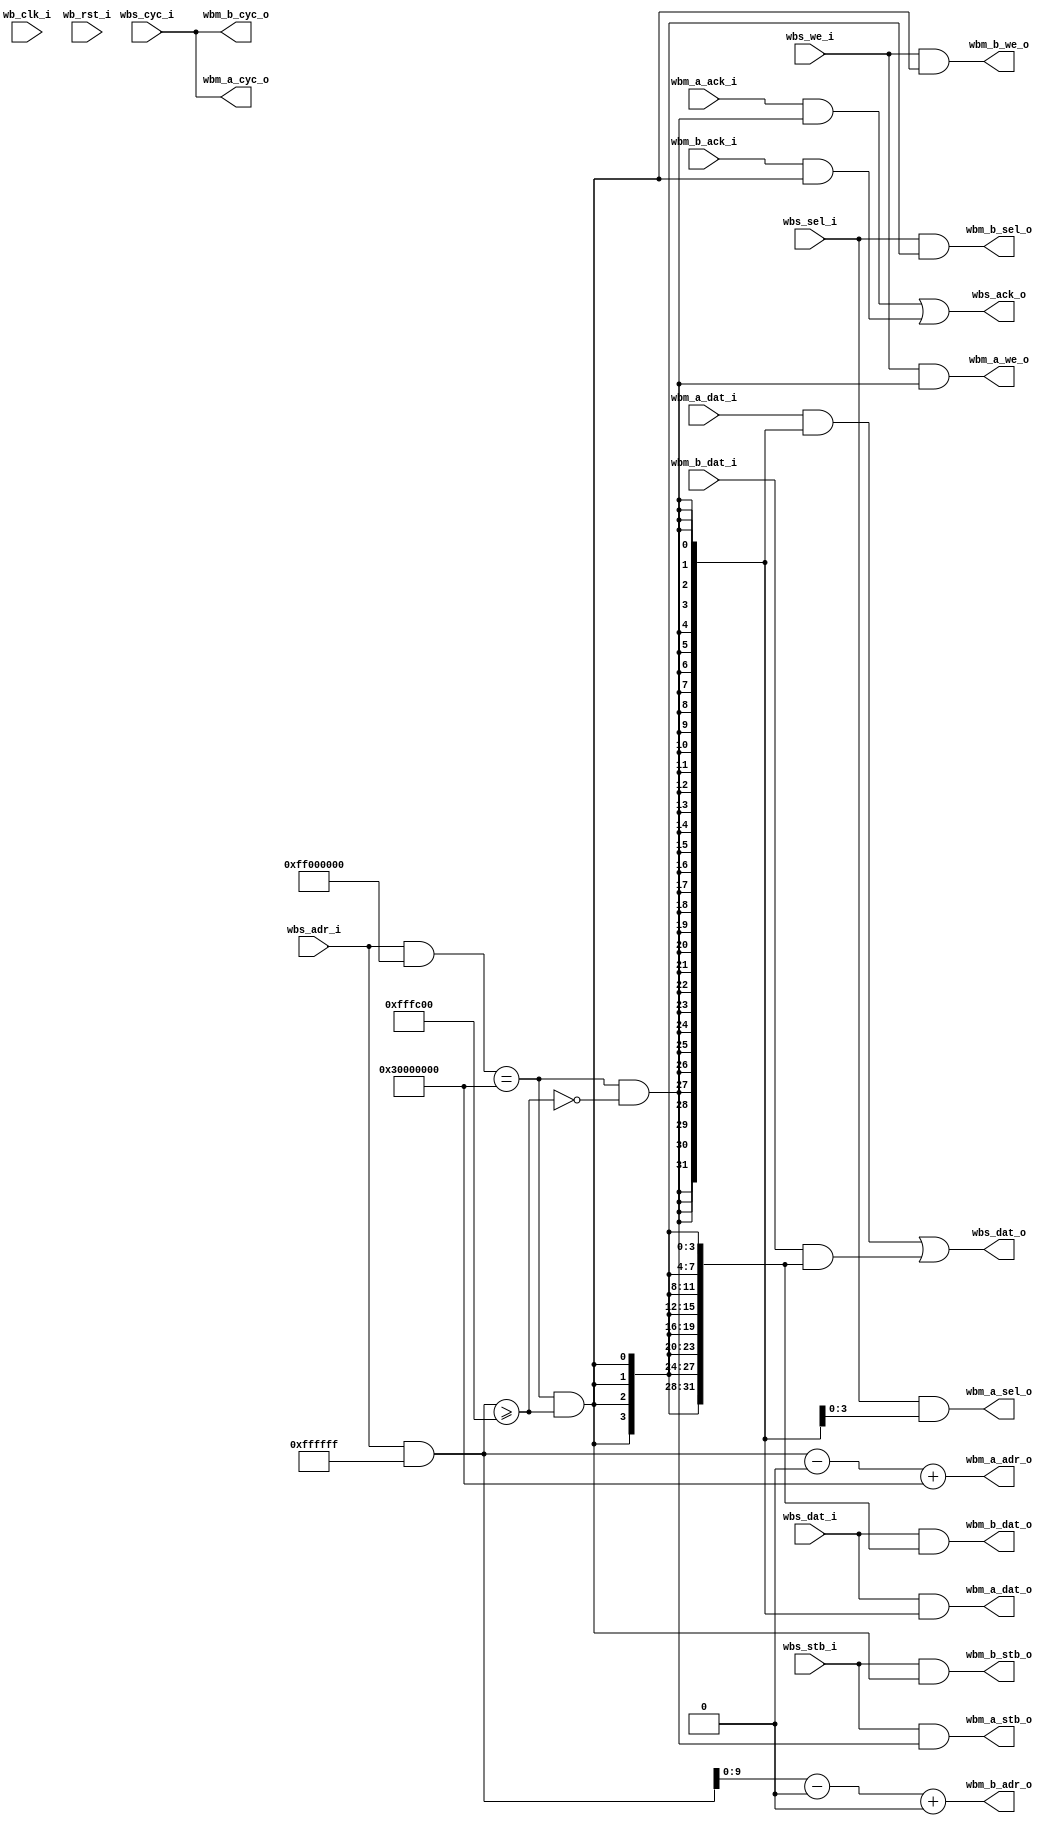
// SPDX-FileCopyrightText: 2021 embelon
//
// Licensed under the Apache License, Version 2.0 (the "License");
// you may not use this file except in compliance with the License.
// You may obtain a copy of the License at
//
//      http://www.apache.org/licenses/LICENSE-2.0
//
// Unless required by applicable law or agreed to in writing, software
// distributed under the License is distributed on an "AS IS" BASIS,
// WITHOUT WARRANTIES OR CONDITIONS OF ANY KIND, either express or implied.
// See the License for the specific language governing permissions and
// limitations under the License.
// SPDX-License-Identifier: Apache-2.0

`default_nettype none
`timescale 1ns/1ns

module wb_bridge_2way
#(
    parameter UFP_BASE_ADDR = 32'h3000_0000,
    parameter UFP_BASE_MASK = 32'hff00_0000,

    parameter UFP_BUSA_OFFSET = 32'h0000_0000,
    parameter UFP_BUSB_OFFSET = 32'h00ff_fc00,

    parameter BUSA_ADDR_WIDTH = 32,
    parameter BUSA_BASE_ADDR = 32'h3000_0000,
        
    parameter BUSB_ADDR_WIDTH = 10,
    parameter BUSB_BASE_ADDR = 32'h0000_0000
)
(
`ifdef USE_POWER_PINS
    inout vccd1,	// User area 1 1.8V supply
    inout vssd1,	// User area 1 digital ground
`endif

    // Wishbone UFP (Upward Facing Port)
    input           wb_clk_i,
    input           wb_rst_i,
    input           wbs_stb_i,
    input           wbs_cyc_i,
    input           wbs_we_i,
    input   [3:0]   wbs_sel_i,
    input   [31:0]  wbs_dat_i,
    input   [31:0]  wbs_adr_i,
    output          wbs_ack_o,
    output  [31:0]  wbs_dat_o,

    // Wishbone A (Downward Facing Port)
    output                          wbm_a_stb_o,
    output                          wbm_a_cyc_o,
    output                          wbm_a_we_o,
    output  [3:0]                   wbm_a_sel_o,
    input   [31:0]                  wbm_a_dat_i,
    output  [BUSA_ADDR_WIDTH-1:0]   wbm_a_adr_o,	
    input                           wbm_a_ack_i,
    output  [31:0]                  wbm_a_dat_o,


    // Wishbone B (Downward Facing Port)
    output                          wbm_b_stb_o,
    output                          wbm_b_cyc_o,
    output                          wbm_b_we_o,
    output  [3:0]                   wbm_b_sel_o,
    input   [31:0]                  wbm_b_dat_i,
    output  [BUSB_ADDR_WIDTH-1:0]   wbm_b_adr_o,	
    input                           wbm_b_ack_i,
    output  [31:0]                  wbm_b_dat_o

);

wire bridge_select;
assign bridge_select = (wbs_adr_i & UFP_BASE_MASK) == UFP_BASE_ADDR;

wire bus_a_or_b; // low means bus a, high is bus b
assign bus_a_or_b = (wbs_adr_i & ~UFP_BASE_MASK) >= UFP_BUSB_OFFSET;

wire bus_a_select, bus_b_select;
assign bus_a_select = bridge_select & !bus_a_or_b;
assign bus_b_select = bridge_select & bus_a_or_b;

wire [31:0] bus_a_address;
assign bus_a_address = (wbs_adr_i & ~UFP_BASE_MASK) - UFP_BUSA_OFFSET + BUSA_BASE_ADDR;
wire [31:0] bus_b_address;
assign bus_b_address = (wbs_adr_i & ~UFP_BASE_MASK) - UFP_BUSB_OFFSET + BUSB_BASE_ADDR;

// BUS A
assign wbm_a_stb_o = wbs_stb_i & bus_a_select;
assign wbm_a_cyc_o = wbs_cyc_i;
assign wbm_a_we_o = wbs_we_i & bus_a_select;
assign wbm_a_sel_o = wbs_sel_i & {4{bus_a_select}};
assign wbm_a_dat_o = wbs_dat_i & {32{bus_a_select}};

assign wbm_a_adr_o = bus_a_address[BUSA_ADDR_WIDTH-1:0];

// BUS B
assign wbm_b_stb_o = wbs_stb_i & bus_b_select;
assign wbm_b_cyc_o = wbs_cyc_i;
assign wbm_b_we_o = wbs_we_i & bus_b_select;
assign wbm_b_sel_o = wbs_sel_i & {4{bus_b_select}};
assign wbm_b_dat_o = wbs_dat_i & {32{bus_b_select}};

assign wbm_b_adr_o = bus_b_address[BUSB_ADDR_WIDTH-1:0];

// A or B -> UFP
assign wbs_ack_o = (wbm_a_ack_i & bus_a_select) | (wbm_b_ack_i & bus_b_select);
assign wbs_dat_o = (wbm_a_dat_i & {32{bus_a_select}}) | (wbm_b_dat_i & {32{bus_b_select}});

`ifdef FORMAL

    always @(*) begin
        // only one bus is active
        exclusive_bus:   assert(bus_a_select + bus_b_select <= 1);

        // bus A
        if(bus_a_select) begin
            a_dat_o:    assert(wbm_a_dat_o    == wbs_dat_i      );
            a_stb_o:    assert(wbm_a_stb_o    == wbs_stb_i      );

            a_dat_i:    assert(wbs_dat_o      == wbm_a_dat_i    );
            a_ack_i:    assert(wbm_a_ack_i    == wbs_ack_o      );
        // bus B
        end else if(bus_b_select) begin
            b_dat_o:    assert(wbm_b_dat_o    == wbs_dat_i      );
            b_stb_o:    assert(wbm_b_stb_o    == wbs_stb_i      );

            b_dat_i:    assert(wbs_dat_o      == wbm_b_dat_i    );
            b_ack_i:    assert(wbm_b_ack_i    == wbs_ack_o      );
        end
        
    end

`endif
endmodule	// wb_bridge_2way

`default_nettype wire